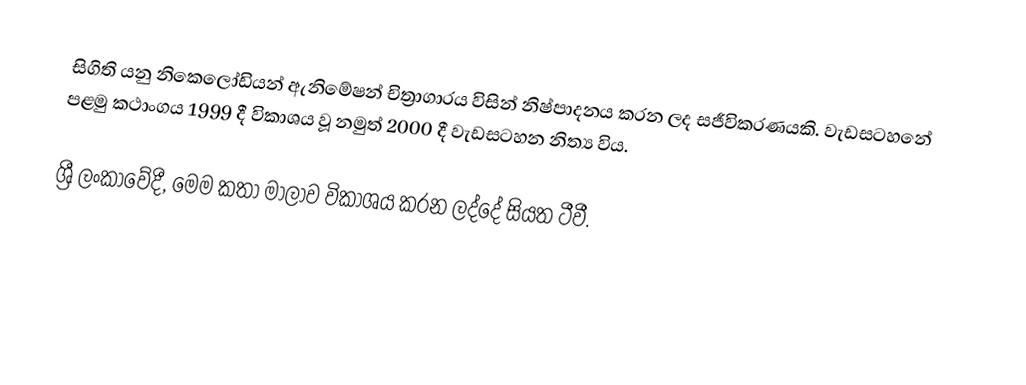
සිගිති යනු නිකෙලෝඩියන් ඇනිමේෂන් චිත්‍රාගාරය විසින් නිෂ්පාදනය කරන ලද සජීවිකරණයකි. වැඩසටහනේ පළමු කථාංගය 1999 දී විකාශය වූ නමුත් 2000 දී වැඩසටහන නිත්‍ය විය.

ශ්‍රී ලංකාවේදී, මෙම කතා මාලාව විකාශය කරන ලද්දේ සියත ටීවී.